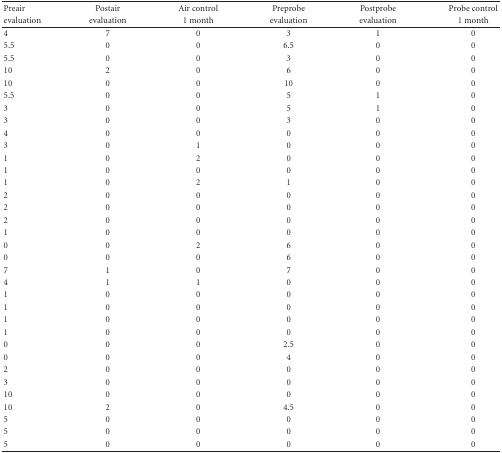
| Preair | Postair | Air control | Preprobe | Postprobe | Probe control |
 | evaluation | evaluation | 1 month | evaluation | evaluation | 1 month |
 | --- | --- | --- | --- | --- | --- |
 | 4 | 7 | 0 | 3 | 1 | 0 |
 | 5.5 | 0 | 0 | 6.5 | 0 | 0 |
 | 5.5 | 0 | 0 | 3 | 0 | 0 |
 | 10 | 2 | 0 | 6 | 0 | 0 |
 | 10 | 0 | 0 | 10 | 0 | 0 |
 | 5.5 | 0 | 0 | 5 | 1 | 0 |
 | 3 | 0 | 0 | 5 | 1 | 0 |
 | 3 | 0 | 0 | 3 | 0 | 0 |
 | 4 | 0 | 0 | 0 | 0 | 0 |
 | 3 | 0 | 1 | 0 | 0 | 0 |
 | 1 | 0 | 2 | 0 | 0 | 0 |
 | 1 | 0 | 0 | 0 | 0 | 0 |
 | 1 | 0 | 2 | 1 | 0 | 0 |
 | 2 | 0 | 0 | 0 | 0 | 0 |
 | 2 | 0 | 0 | 0 | 0 | 0 |
 | 2 | 0 | 0 | 0 | 0 | 0 |
 | 1 | 0 | 0 | 0 | 0 | 0 |
 | 0 | 0 | 2 | 6 | 0 | 0 |
 | 0 | 0 | 0 | 6 | 0 | 0 |
 | 7 | 1 | 0 | 7 | 0 | 0 |
 | 4 | 1 | 1 | 0 | 0 | 0 |
 | 1 | 0 | 0 | 0 | 0 | 0 |
 | 1 | 0 | 0 | 0 | 0 | 0 |
 | 1 | 0 | 0 | 0 | 0 | 0 |
 | 1 | 0 | 0 | 0 | 0 | 0 |
 | 0 | 0 | 0 | 2.5 | 0 | 0 |
 | 0 | 0 | 0 | 4 | 0 | 0 |
 | 2 | 0 | 0 | 0 | 0 | 0 |
 | 3 | 0 | 0 | 0 | 0 | 0 |
 | 10 | 0 | 0 | 0 | 0 | 0 |
 | 10 | 2 | 0 | 4.5 | 0 | 0 |
 | 5 | 0 | 0 | 0 | 0 | 0 |
 | 5 | 0 | 0 | 0 | 0 | 0 |
 | 5 | 0 | 0 | 0 | 0 | 0 |